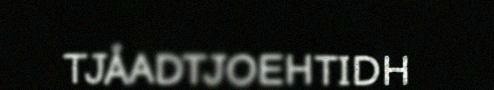
TJÅADTJOEHTIDH